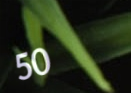
50%